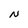
Character: N